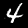
Digit: 4